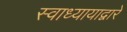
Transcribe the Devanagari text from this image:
स्वाध्यायाद्वारे